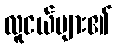
လူငယ်များ၏